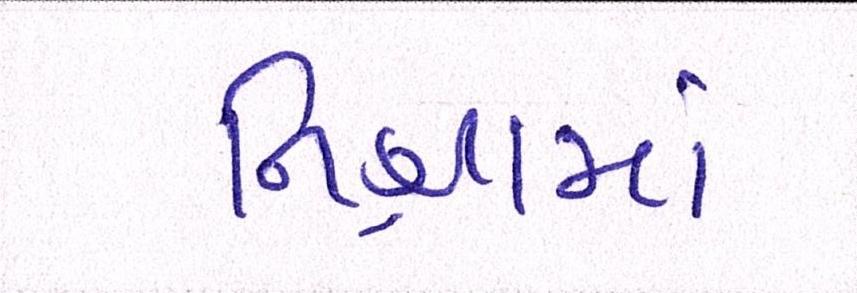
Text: નિશ્રામાં